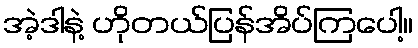
အဲ့ဒါနဲ့ ဟိုတယ်ပြန်အိပ်ကြပေါ့။